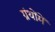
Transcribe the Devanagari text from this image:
ग्रंथोंमें